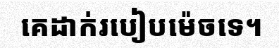
គេដាក់របៀបម៉េចទេ។